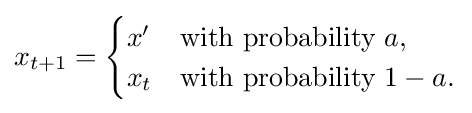
x_{t+1}={\begin{cases}x'&{\text{with probability }}a,\\x_{t}&{\text{with probability }}1-a.\end{cases}}